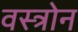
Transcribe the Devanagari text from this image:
वस्त्रोन